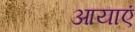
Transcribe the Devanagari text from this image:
आयाएं